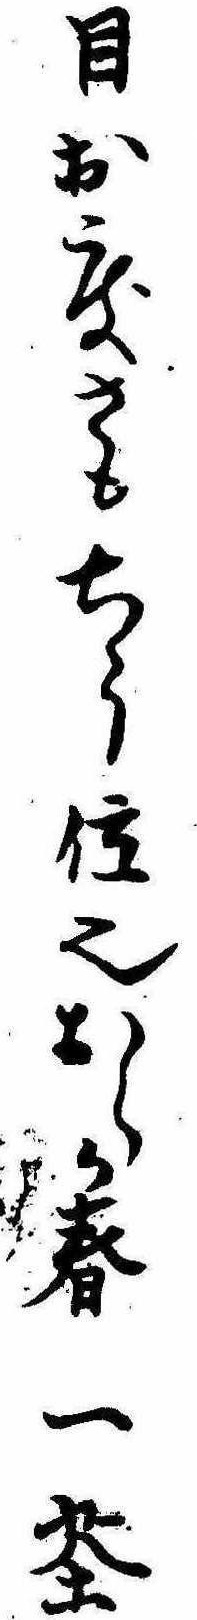
目出度さもちう位也おらか春一茶